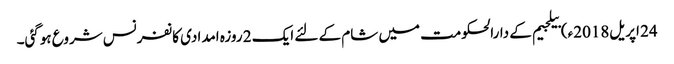
24 اپریل2018ء) بیلجیم کے دارالحکومت میں شام کے لئے ایک 2 روزہ امدادی کانفرنس شروع ہوگئی۔